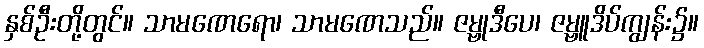
နှစ်ဦးတို့တွင်။ သာမဏေရော၊ သာမဏေသည်။ ဇမ္ဗုဒီပေ၊ ဇမ္ဗူဒိပ်ကျွန်း၌။